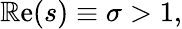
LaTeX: \operatorname{\mathbb{R}e}(s)\equiv\sigma>1,